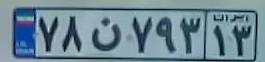
۷۸ن۷۹۳۱۳